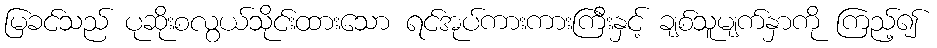
မြခင်သည် ပုဆိုးစလွယ်သိုင်းထားသော ရင်အုပ်ကားကားကြီးနှင့် ချစ်သူမျက်နှာကို ကြည့်၍